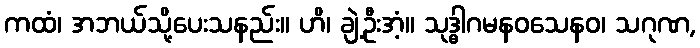
ကထံ၊ အဘယ်သို့ပေးသနည်း။ ဟိ၊ ချဲ့ဦးအံ့။ သုဒ္ဓါဂမနဝသေနဝ၊ သဂုဏ,